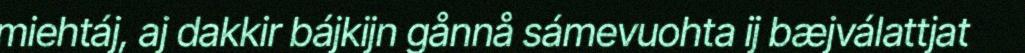
miehtáj, aj dakkir bájkijn gånnå sámevuohta ij bæjválattjat